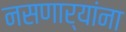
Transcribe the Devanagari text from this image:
नसणार्यांना